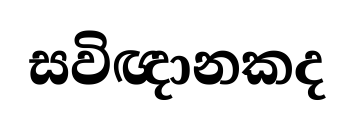
සවිඥානකද